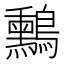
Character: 𪇑